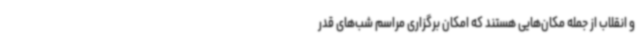
و انقلاب از جمله مکان‌هایی هستند که امکان برگزاری مراسم شب‌های قدر